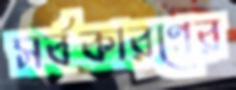
সর্বকারণের